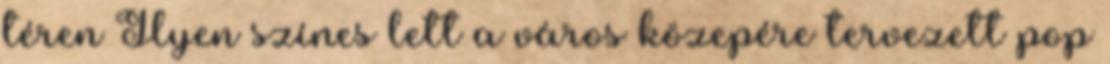
téren Ilyen színes lett a város közepére tervezett pop